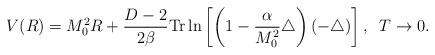
LaTeX: \begin{align*}V(R)=M_0^2 R+\frac{D-2}{2\beta} \mbox{Tr}\ln\left[\left(1-\frac{\alpha}{M_0^2}\triangle\right)(-\triangle)\right],\;\;T\to 0.\end{align*}